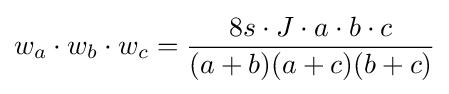
w_{a}\cdot w_{b}\cdot w_{c}={\frac {8s\cdot J\cdot a\cdot b\cdot c}{(a+b)(a+c)(b+c)}}